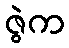
ဇွဲက